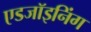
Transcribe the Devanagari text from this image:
एडजॉइनिंग